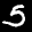
Label: 5